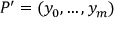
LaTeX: P ^ { \prime } = ( y _ { 0 } , \ldots , y _ { m } ) \,